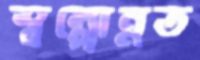
স্বল্পোন্নত